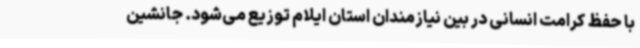
با حفظ کرامت انسانی در بین نیازمندان استان ایلام توزیع می‌شود. جانشین